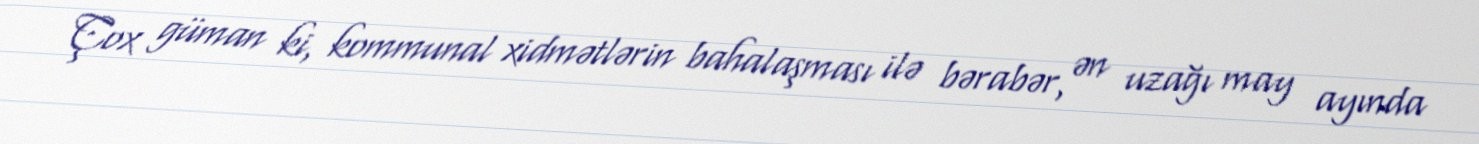
Çox güman ki, kommunal xidmətlərin bahalaşması ilə bərabər, ən uzağı may ayında